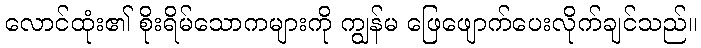
လောင်ထုံး၏ စိုးရိမ်သောကများကို ကျွန်မ ဖြေဖျောက်ပေးလိုက်ချင်သည်။